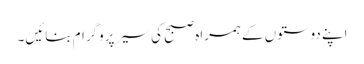
اپنے دوستوں کے ہمراہ صبح کی سیر پروگرام بنائیں۔